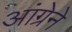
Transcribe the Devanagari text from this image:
आंग्रेने